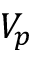
V _ { p }